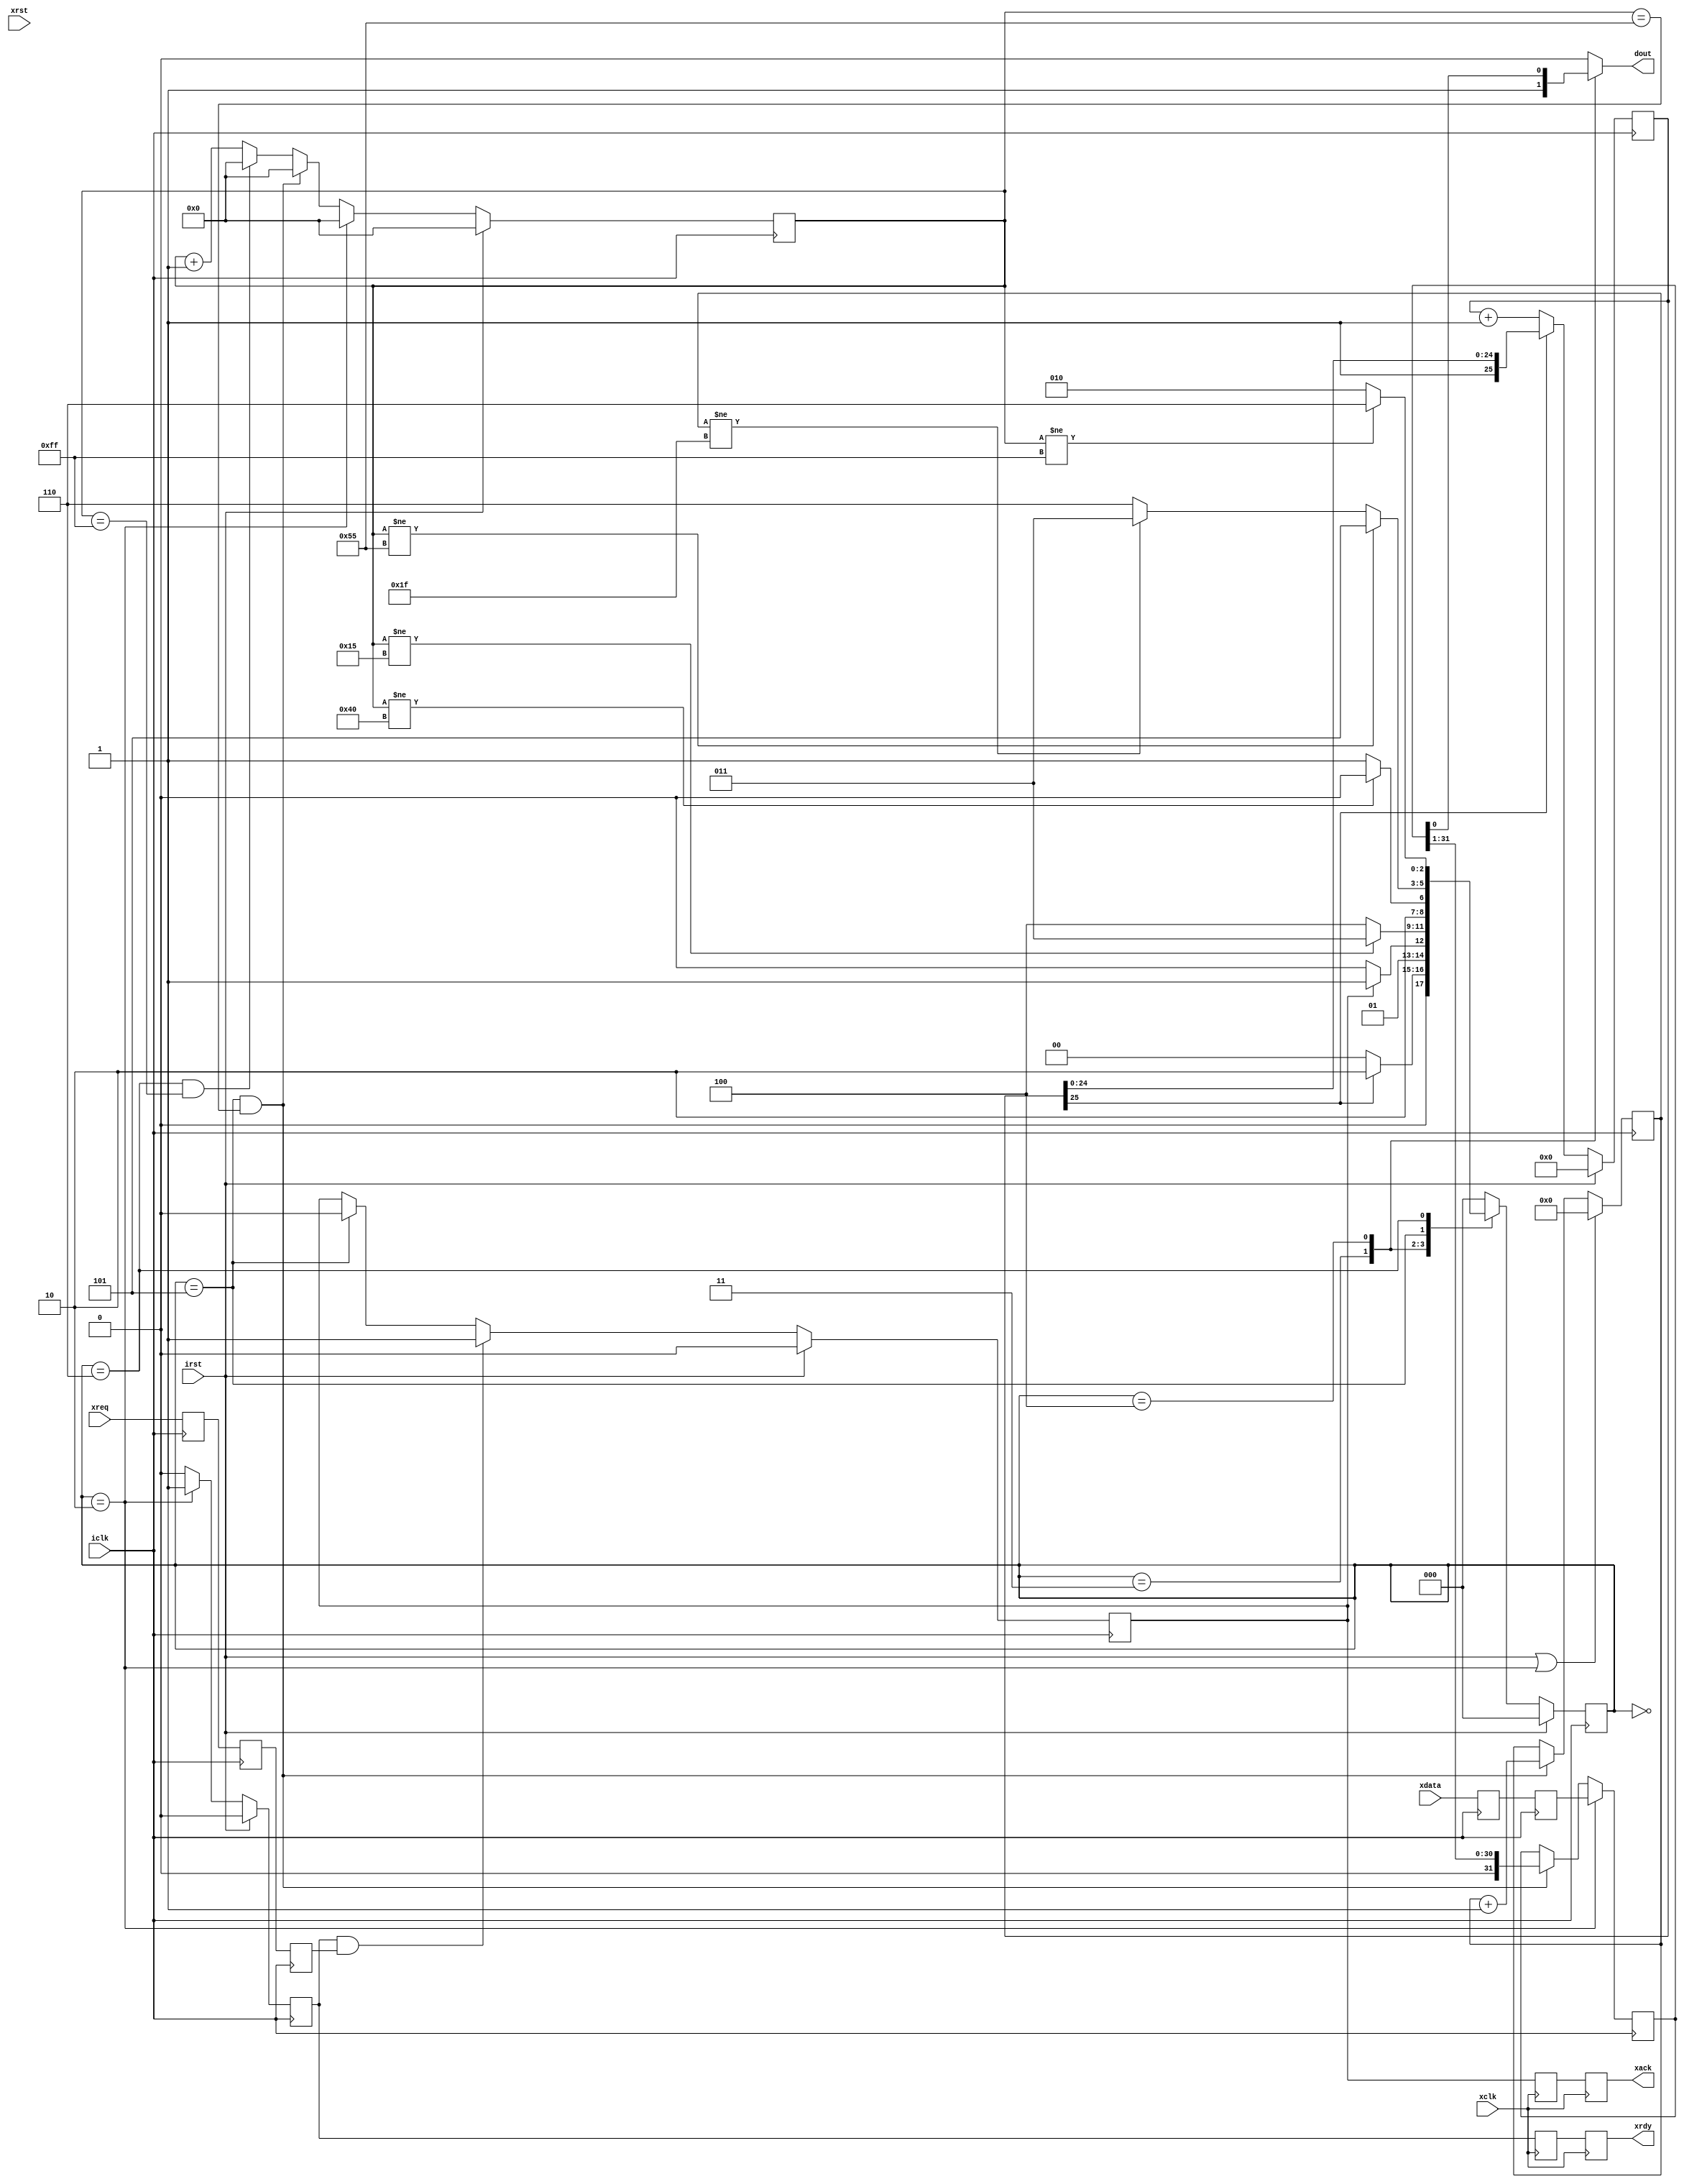
//
//  HPSDR - High Performance Software Defined Radio
//
//  Metis code. 
//
//  This program is free software; you can redistribute it and/or modify
//  it under the terms of the GNU General Public License as published by
//  the Free Software Foundation; either version 2 of the License, or
//  (at your option) any later version.
//
//  This program is distributed in the hope that it will be useful,
//  but WITHOUT ANY WARRANTY; without even the implied warranty of
//  MERCHANTABILITY or FITNESS FOR A PARTICULAR PURPOSE.  See the
//  GNU General Public License for more details.
//
//  You should have received a copy of the GNU General Public License
//  along with this program; if not, write to the Free Software
//  Foundation, Inc., 59 Temple Place, Suite 330, Boston, MA  02111-1307  USA



//  NWire_xmit - copyright 2010, 2011 Kirk Weedman KD7IRS



/*
 Simple NWire data transfers

 Kirk Weedman

 Mar. 5, 2009

 Concept:
   Transfer data across N wires between FPGAs using a sync or data ready signal to start transfers

 Method:
    DLY_TIME: time signal held low after reset occurs
    DATA_BITS: Number of "logic 0" or "logic 1" bits occuring after DLY_TIME
    TB: Amount of time it takes to transmit a "logic 0" or logic 1"

    After reset, the DOUT signal is held low for DLY_TIME, followed by DATA_BITS and then a low for 3*TB.
    The low for 3*TB is used by the receiver to syncnronize itself to the dataa stream

                +---+           +
    DATA_BIT ---+   +---+---+---+  "logic 0"
                |<----- TB ---->|

                +---+---+---+   +
             ---+           +---+  "logic 1"

                           +-----------------------+                +---
  DOUT --------------------+-----------------------+----------------+---
       |<---- DLY_TIME---->|<---- DATA_BITS*TB --->|<-- LOW_BITS -->|
                           |<----------- 1/SEND_FREQ -------------->|



                                                  +--------+                          +---
     ---------------------------------------------+        +--------+--------+--------+
NW_state ------------- WAIT --------------------->|<- Q1 ->|<------ Q23 ---->|<- Q4 ->|

         ------------------------------------------+
xrdy                                               +--------------------------------------

                                              +---+---------------------------+
xreq     -------------------------------------+   +---------------------------+------

                                                +----------------------------+
xack     ---------------------------------------+                            +----------------

Note:  The transmitter is ready for more xdata ONLY when xrdy = 1
       xrdy goes high right after the LOW_BITS time.
       xreq should only be asserted while xrdy = 1
       xreq should only be deasserted once xack = 1
       xreq MUST be removed before the xdata stream is completed (best to be low soon after xack goes low)
       xack will go low approximately 3/4 of the way through the first DATA_BIT
*/

`timescale 1ns/100ps

module NWire_xmit (irst, iclk, xrst, xclk, xdata, xreq, xrdy, xack, dout);

parameter XCLK_FREQ  = 48000000;  // Frequency in Hz of xclk
parameter ICLK_FREQ  = 144000000; // Frequency in Hz of iclk
parameter DLY_TIME   = 200;       // delay time after reset (in milliseconds)
parameter DATA_BITS  = 32;        // Number of data bits (logic 0 or 1) to transmit
parameter SEND_FREQ  = 48000;     // frequency in Hz of each complete DATA_BITS+LOW_BITS transmission
parameter LOW_BITS   = 3;         // number of bits to remain low after DATA_BITS
parameter TPD        = 1;

parameter NUM_DLY_CLKS = ICLK_FREQ/1000 * DLY_TIME;
localparam XS    = clogb2(DATA_BITS-1);
localparam DS    = clogb2(NUM_DLY_CLKS-1);
localparam QT    = ICLK_FREQ/SEND_FREQ/(DATA_BITS+LOW_BITS); // total clocks needed for each TB time
localparam Q1    = QT/4; // rounds down
localparam Q123  = QT - Q1;
localparam Q1234 = QT;
parameter  LOW_TIME  = LOW_BITS*QT;
localparam QS    = clogb2(LOW_TIME-1);


input  wire                 irst;  // reset signal
input  wire                 iclk;  // internal data sampling/state machine clock
input  wire                 xrst;  // reset signal
input  wire                 xclk;  // external interface clock
input  wire [DATA_BITS-1:0] xdata;
input  wire                 xreq;  // someone wants to send new xdata
output wire                 xrdy;  // transmitter is ready for more xdata
output wire                 xack;  // acknowledge that xreq has occured
output reg                  dout;

// local registers
reg [2:0] NW_state;
reg [2:0] NW_state_next;

//reg         [DS-1:0] dly_cnt;
reg           [DS:0] dly_cnt;
reg         [QS-1:0] bcnt;
reg         [XS-1:0] data_cnt;
reg                  irdy;
reg                  iack;
wire                 ireq;
reg  [DATA_BITS-1:0] id;
wire [DATA_BITS-1:0] idata;

localparam NW_IDLE     = 0,
           NW_DLY      = 1,
           NW_WAIT     = 2,
           NW_DATA_Q1  = 3,
           NW_DATA_Q23 = 4,
           NW_DATA_Q4  = 5,
           NW_LOW      = 6;

generate
if (ICLK_FREQ == XCLK_FREQ)
begin: SAME_CLK
  assign xrdy  = irdy;
  assign xack  = iack;

  assign idata = xdata;
  assign ireq  = xreq;
end
else
begin: DIFF_CLK
  reg xr1, xr0;
  reg xa1, xa0;
  reg [DATA_BITS-1:0] id1, id0;
  reg iq2, iq1, iq0;

  always @(posedge xclk) 
  begin
    {xr1, xr0} <= #TPD {xr0, irdy};
    {xa1, xa0} <= #TPD {xa0, iack};
  end

  always @(posedge iclk) 
  begin
    {id1, id0}  <= #TPD {id0, xdata};
    {iq2, iq1, iq0} <= #TPD {iq1, iq0, xreq}; // if xdata and xreq are at the same time make sure ireq will not occur before idata
  end

  assign xrdy = xr1;
  assign xack = xa1;

  assign idata = id1;
  assign ireq  = iq2;
end
endgenerate

always @(posedge iclk)
begin
  if (irst)
    irdy <= #TPD 1'b0;
  else if (NW_state == NW_WAIT)
    irdy <= #TPD 1'b1;
  else
    irdy <= #TPD 1'b0;

  if (irst)
    iack <= #TPD 1'b0;
  else if (irdy && ireq) // ignore requests until irdy is true
    iack <= #TPD 1'b1;
  else if (NW_state == NW_DATA_Q4) // wait till first DATA_BIT mostly done before clearing xack
    iack <= #TPD 1'b0;

  if (irst)
    dly_cnt <= #TPD 1'b0;
//  else if (dly_cnt != NUM_DLY_CLKS) // Slow because of the size and causing timing analysis problems
  else if (!dly_cnt[DS]) // a little longer but the compare is much simpler for a large counter and FASTER
    dly_cnt <= #TPD dly_cnt + 1'b1;

  if (irst)
    bcnt <= #TPD 1'b0;
  else if (NW_state == NW_WAIT)
    bcnt <= #TPD 1'b0;
  else if ((NW_state == NW_DATA_Q4) && (bcnt == Q1234))
    bcnt <= #TPD 1'b0;
  else if ((NW_state == NW_LOW) && (bcnt == LOW_TIME))
    bcnt <= #TPD 1'b0;
  else
    bcnt <= #TPD bcnt + 1'b1;

  if (NW_state == NW_WAIT)
    id <= #TPD idata;
  else if ((NW_state == NW_DATA_Q4) && (bcnt == Q1234))
    id <= #TPD id >> 1;

  if (irst || (NW_state == NW_WAIT))
    data_cnt <= #TPD 1'b0;
  else if ((NW_state == NW_DATA_Q4) && (bcnt == Q1234))
    data_cnt <= #TPD data_cnt + 1'b1;

  if (irst)
    NW_state <= #TPD NW_IDLE;
  else
    NW_state <= #TPD NW_state_next;
end


// NWire state machine
always @*
begin
   case(NW_state)
     NW_IDLE:
     begin
       dout = 1'b0;
//       if (dly_cnt != NUM_DLY_CLKS)
       if (!dly_cnt[DS])
         NW_state_next = NW_IDLE;   // Wait at least DLY_TIME before sending DATA_BITS
       else
         NW_state_next = NW_WAIT;  // send DATA_BITS now
     end

     NW_WAIT:
     begin
       dout = 1'b0;
       if (iack)
         NW_state_next = NW_DATA_Q1;  // we have permission to transmit a stream of DATA_BITS
       else
         NW_state_next = NW_WAIT;
     end

     NW_DATA_Q1: // during 1st quarter of "logic n", dout = 1
     begin
       dout = 1'b1;
       if (bcnt != Q1) // 1st 1/4 of data bit
         NW_state_next = NW_DATA_Q1;
       else
         NW_state_next = NW_DATA_Q23;
     end

     NW_DATA_Q23: // during 2nd & 3rd quarter of "logic n", dout = n
     begin
       dout = id[0];
       if (bcnt != Q123) // 2nd and 3rd quarter of data bit
         NW_state_next = NW_DATA_Q23;
       else
         NW_state_next = NW_DATA_Q4;
     end

     NW_DATA_Q4: // during last quarter of "logic n", dout = 0
     begin
       dout = 1'b0;
       if (bcnt != Q1234)
         NW_state_next = NW_DATA_Q4;   // haven't finished sending this data bit
       else if (data_cnt != (DATA_BITS-1))
         NW_state_next = NW_DATA_Q1;   // this data bit has finished, but not all the DATA_BITS have been sent
       else
         NW_state_next = NW_LOW;       // DATA_BITS have finished
     end

     NW_LOW: // send out a low signal during this time
     begin
       dout = 1'b0;
       if (bcnt != LOW_TIME)
         NW_state_next = NW_LOW;
       else
         NW_state_next = NW_WAIT;      // LOW_BITS have finished
     end

     default:
     begin
       dout = 1'b0;
       NW_state_next = NW_IDLE;
     end
   endcase
end

function integer clogb2;
input [31:0] depth;
begin
  for(clogb2=0; depth>0; clogb2=clogb2+1)
  depth = depth >> 1;
end
endfunction

endmodule